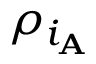
\rho _ { i _ { \mathbf { A } } }